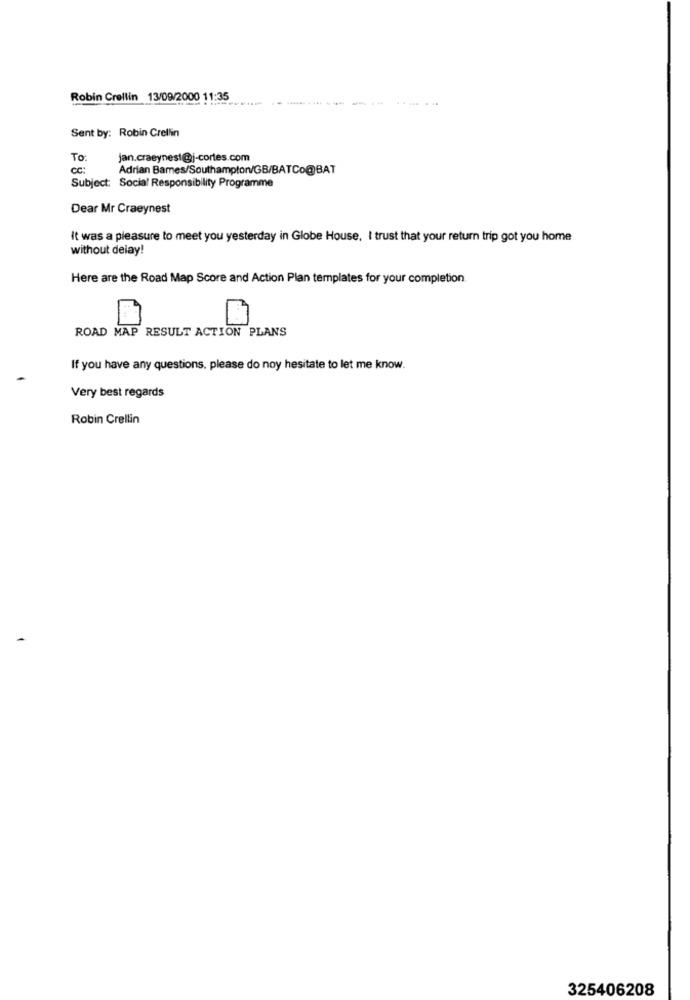
Robin Crellin 13/09/2000 11:35
---. ..
Sent by: Robin Crellin
To:
jan.craeynest@j-cortes.com
Adrian Bames/Southampton/GB/BATCo@BAT
Subject: Social Responsibility Programme
Dear Mr Craeynest
It was a pleasure to meet you yesterday in Globe House. I trust that your return trip got you home
without delay!
Here are the Road Map Score and Action Plan templates for your completion
ROAD MAP RESULT ACTION PLANS
If you have any questions, please do noy hesitate to let me know.
Very best regards
Robin Crellin
325406208